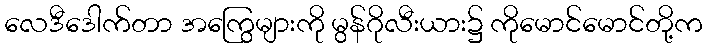
လေဒီဒေါက်တာ အကြွေများကို မွန်ဂိုလီးယား၌ ကိုမောင်မောင်တို့က